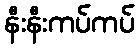
နီးနီးကပ်ကပ်